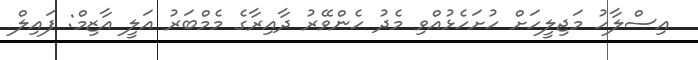
އިސްލާހު މަޖިލީހަށް ހުށަހެޅުއްވި މެދު ހެންވޭރު ދާއިރާގެ މެމްބަރު އަލީ އާޒިމް: ފައިލް